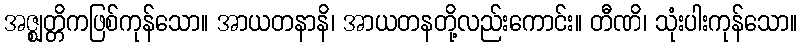
အဇ္ဈတ္တိကဖြစ်ကုန်သော။ အာယတနာနိ၊ အာယတနတို့လည်းကောင်း။ တီဏိ၊ သုံးပါးကုန်သော။